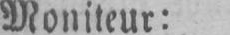
Moniteur: